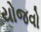
યોજવો